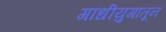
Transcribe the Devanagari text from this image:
गांधीयुगातून